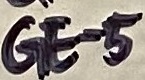
Text: GE-5